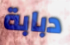
دبابة